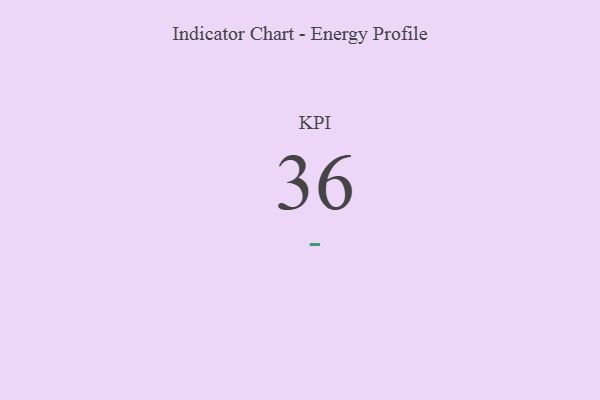
{"axis": {"x": "KPI", "y": "Value"}, "legend": [""], "data": [{"x": "KPI", "y": 36, "type": ""}]}